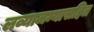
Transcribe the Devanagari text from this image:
लव्याजम्यासहित